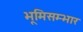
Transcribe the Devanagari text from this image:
भूमिसम्भार